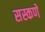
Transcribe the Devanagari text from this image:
सस्कणे